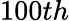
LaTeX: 100th